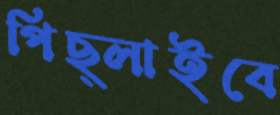
পিছ্‌লাইবে